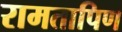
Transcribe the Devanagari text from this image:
रामतापिण